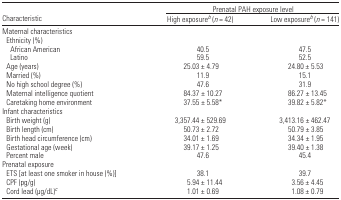
<table><thead><tr><td></td><td colspan="2"><b>Prenatal PAH exposure level</b></td></tr><tr><td><b>Characteristic</b></td><td><b>High exposureb (<i>n</i> = 42)</b></td><td><b>Low exposureb (<i>n</i> = 141)</b></td></tr></thead><tbody><tr><td colspan="3">Maternal characteristics</td></tr><tr><td colspan="3"> Ethnicity (%)</td></tr><tr><td>African American</td><td>40.5</td><td>47.5</td></tr><tr><td>Latino</td><td>59.5</td><td>52.5</td></tr><tr><td> Age (years)</td><td>25.03 ± 4.79</td><td>24.80 ± 5.53</td></tr><tr><td> Married (%)</td><td>11.9</td><td>15.1</td></tr><tr><td> No high school degree (%)</td><td>47.6</td><td>31.9</td></tr><tr><td> Maternal intelligence quotient</td><td>84.37 ± 10.27</td><td>86.27 ± 13.45</td></tr><tr><td> Caretaking home environment</td><td>37.55 ± 5.58*</td><td>39.82 ± 5.82*</td></tr><tr><td>Infant characteristics</td></tr><tr><td> Birth weight (g)</td><td>3,357.44 ± 529.69</td><td>3,413.16 ± 462.47</td></tr><tr><td> Birth length (cm)</td><td>50.73 ± 2.72</td><td>50.79 ± 3.85</td></tr><tr><td> Birth head circumference (cm)</td><td>34.01 ± 1.69</td><td>34.34 ± 1.95</td></tr><tr><td> Gestational age (week)</td><td>39.17 ± 1.25</td><td>39.40 ± 1.38</td></tr><tr><td> Percent male</td><td>47.6</td><td>45.4</td></tr><tr><td colspan="3">Prenatal exposure</td></tr><tr><td> ETS [at least one smoker in house (%)]</td><td>38.1</td><td>39.7</td></tr><tr><td> CPF (pg/g)</td><td>5.94 ± 11.44</td><td>3.56 ± 4.45</td></tr><tr><td> Cord lead (μg/dL)c</td><td>1.01 ± 0.69</td><td>1.08 ± 0.79</td></tr></tbody></table>